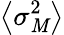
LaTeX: \left\langle\sigma_{\mathit{M}}^{2}\right\rangle